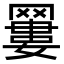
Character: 𦌑